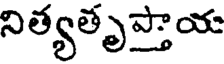
నిత్యతృప్తాయ